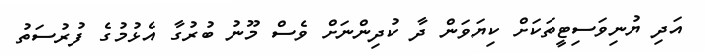
އަދި ޔުނިވަސިޓީތަކަށް ކިޔަވަން ދާ ކުދިންނަށް ވެސް މޫނު ބުރުގާ އެޅުމުގެ ފުރުސަތު